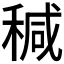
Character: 𥠆